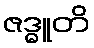
ဇဒ္ဓူတိ